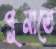
পুনাতে